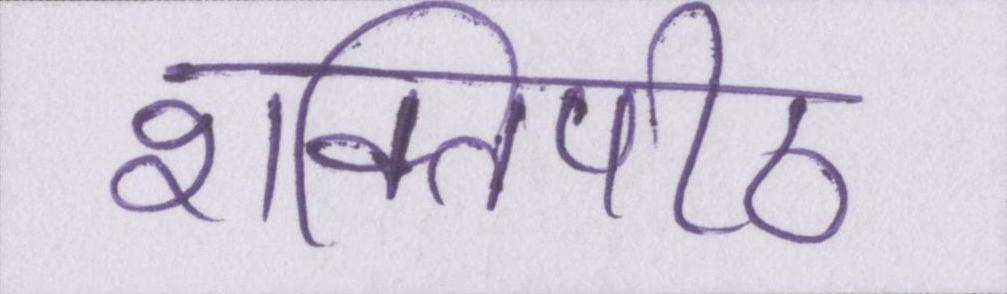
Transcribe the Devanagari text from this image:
शक्तिपीठ